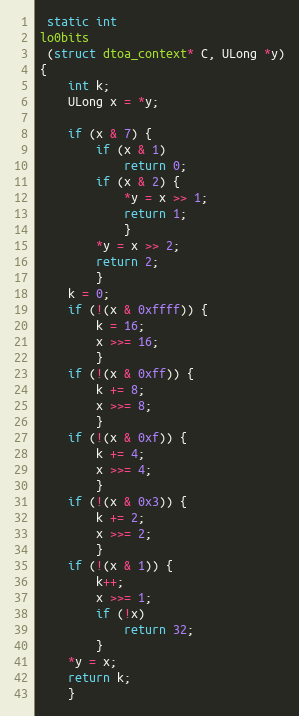
Language: C
 static int
lo0bits
 (struct dtoa_context* C, ULong *y)
{
	int k;
	ULong x = *y;

	if (x & 7) {
		if (x & 1)
			return 0;
		if (x & 2) {
			*y = x >> 1;
			return 1;
			}
		*y = x >> 2;
		return 2;
		}
	k = 0;
	if (!(x & 0xffff)) {
		k = 16;
		x >>= 16;
		}
	if (!(x & 0xff)) {
		k += 8;
		x >>= 8;
		}
	if (!(x & 0xf)) {
		k += 4;
		x >>= 4;
		}
	if (!(x & 0x3)) {
		k += 2;
		x >>= 2;
		}
	if (!(x & 1)) {
		k++;
		x >>= 1;
		if (!x)
			return 32;
		}
	*y = x;
	return k;
	}